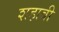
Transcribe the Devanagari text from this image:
शहाबी